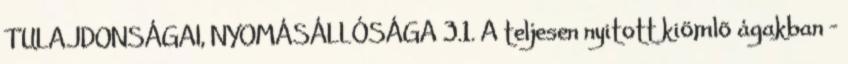
TULAJDONSÁGAI, NYOMÁSÁLLÓSÁGA 3.1. A teljesen nyitott kiömlõ ágakban -